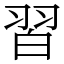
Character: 習